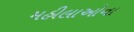
મહીલાઓના